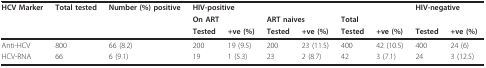
<table><thead><tr><td><b>HCV Marker</b></td><td><b>Total tested</b></td><td><b>Number (%) positive</b></td><td colspan="6"><b>HIV-positive</b></td><td colspan="2"><b>HIV-negative</b></td></tr><tr><td></td><td></td><td></td><td colspan="2"><b>On ART</b></td><td colspan="2"><b>ART naives</b></td><td colspan="2"><b>Total</b></td><td colspan="2"></td></tr><tr><td></td><td></td><td></td><td><b>Tested</b></td><td><b>+ve (%)</b></td><td><b>Tested</b></td><td><b>+ve (%)</b></td><td><b>Tested</b></td><td><b>+ve (%)</b></td><td><b>Tested</b></td><td><b>+ve (%)</b></td></tr></thead><tbody><tr><td>Anti-HCV</td><td>800</td><td>66 (8.2)</td><td>200</td><td>19 (9.5)</td><td>200</td><td>23 (11.5)</td><td>400</td><td>42 (10.5)</td><td>400</td><td>24 (6)</td></tr><tr><td>HCV-RNA</td><td>66</td><td>6 (9.1)</td><td>19</td><td>1 (5.3)</td><td>23</td><td>2 (8.7)</td><td>42</td><td>3 (7.1)</td><td>24</td><td>3 (12.5)</td></tr></tbody></table>